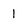
Character: 1